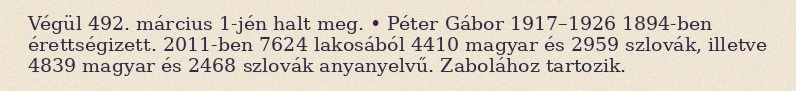
Végül 492. március 1-jén halt meg. • Péter Gábor 1917–1926 1894-ben érettségizett. 2011-ben 7624 lakosából 4410 magyar és 2959 szlovák, illetve 4839 magyar és 2468 szlovák anyanyelvű. Zabolához tartozik.